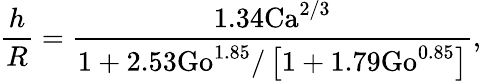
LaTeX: \frac{h}{R}=\frac{1.34\mathrm{Ca}^{2/3}}{1+2.53\mathrm{Go}^{1.85}/\left[1+1.79\mathrm{Go}^{0.85}\right]},